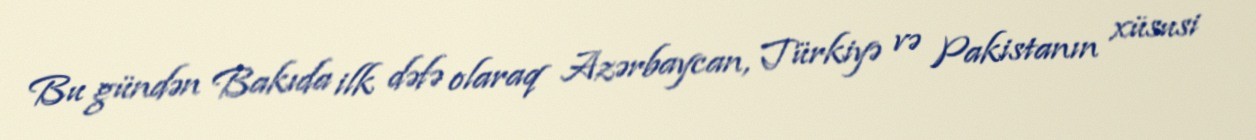
Bu gündən Bakıda ilk dəfə olaraq Azərbaycan, Türkiyə və Pakistanın xüsusi